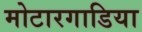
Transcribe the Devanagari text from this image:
मोटारगाडिया